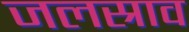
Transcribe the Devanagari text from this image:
जलस्राव